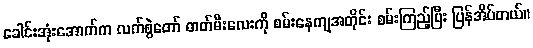
ခေါင်းအုံးအောက်က လက်စွဲတော် ဓာတ်မီးလေးကို စမ်းနေကျအတိုင်း စမ်းကြည့်ပြီး ပြန်အိပ်တယ်။